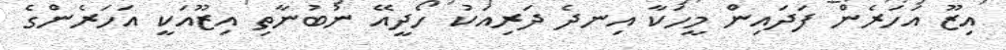
އިޒޫ އަހަރެން ފަދައިން މީހަކާ އިނދެ ދަރިއަކު ހޯދީއޭ ނުބުނާތި އިޒޫއަކީ އަހަރެންގެ